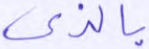
بالذي